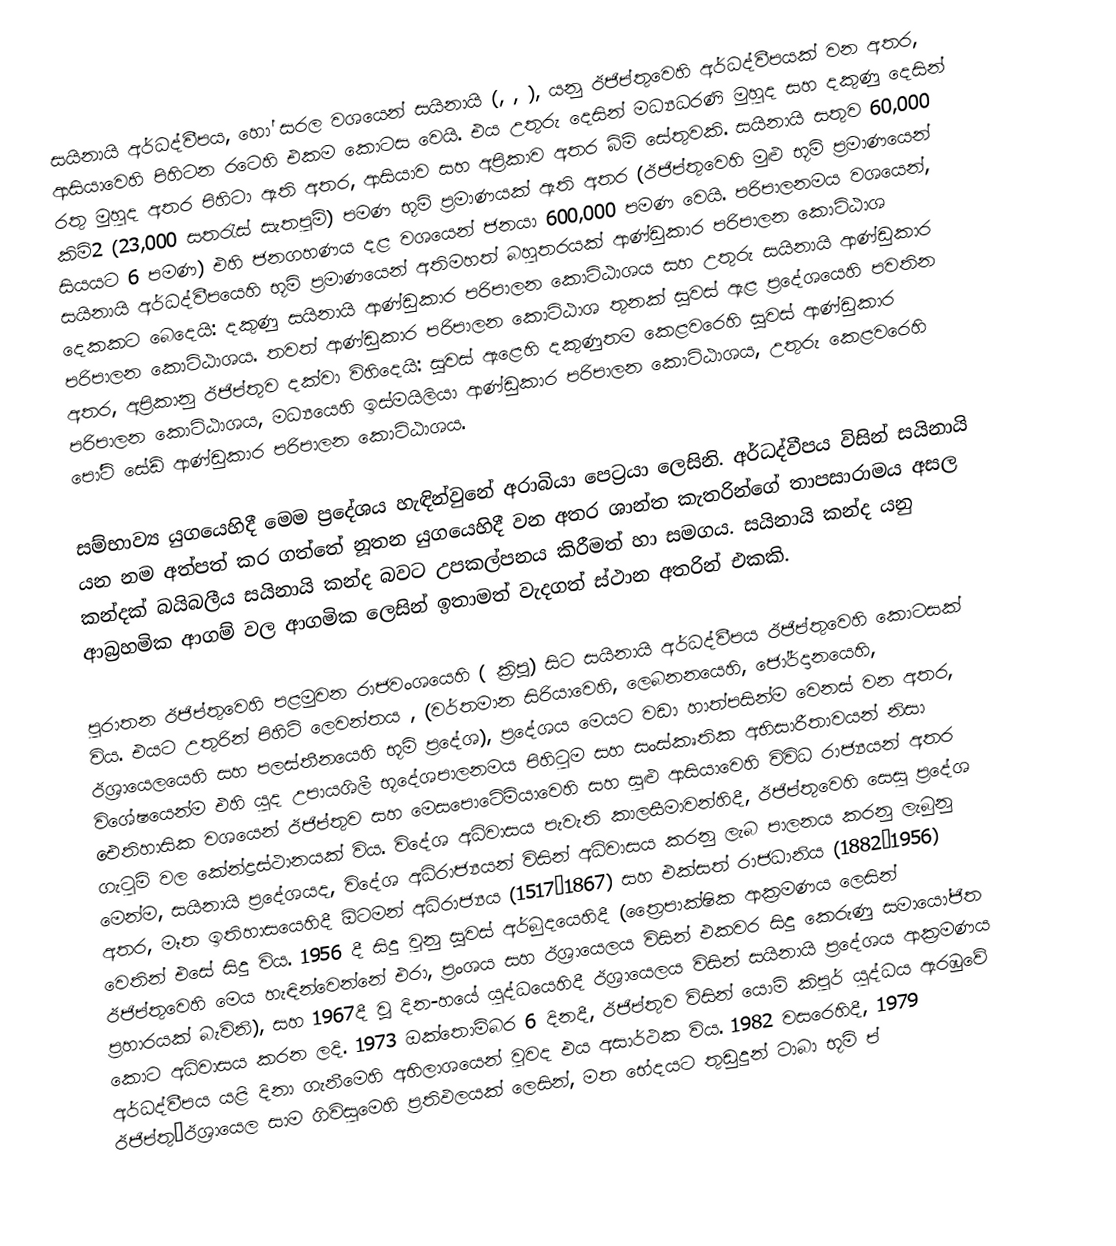
සයිනායි අර්ධද්වීපය, හෝ සරල වශයෙන් සයිනායි  (, , ), යනු ඊජිප්තුවෙහි අර්ධද්වීපයක් වන අතර, ආසියාවෙහි පිහිටන රටෙහි එකම කොටස වෙයි. එය උතුරු දෙසින් මධ්‍යධරණි මුහුද සහ දකුණු දෙසින් රතු මුහුද අතර පිහිටා ඇති අතර, ආසියාව සහ අප්‍රිකාව අතර බිම් සේතුවකි. සයිනායි සතුව 60,000 කිමි2 (23,000 සතරැස් සැතපුම්) පමණ භූමි ප්‍රමාණයක් ඇති අතර (ඊජිප්තුවෙහි මුළු භූමි ප්‍රමාණයෙන් සියයට 6 පමණ) එහි ජනගහණය දළ වශයෙන් ජනයා 600,000 පමණ වෙයි. පරිපාලනමය වශයෙන්, සයිනායි අර්ධද්වීපයෙහි භූමි ප්‍රමාණයෙන් අතිමහත් බහුතරයක්  ආණ්ඩුකාර පරිපාලන කොට්ඨාශ දෙකකට බෙදෙයි: දකුණු සයිනායි ආණ්ඩුකාර පරිපාලන කොට්ඨාශය සහ උතුරු සයිනායි ආණ්ඩුකාර පරිපාලන කොට්ඨාශය. තවත් ආණ්ඩුකාර පරිපාලන කොට්ඨාශ තුනක් සූවස් ඇළ ප්‍රදේශයෙහි පවතින අතර, අප්‍රිකානු ඊජිප්තුව දක්වා විහිදෙයි: සූවස් ඇළෙහි දකුණුතම කෙළවරෙහි සූවස් ආණ්ඩුකාර පරිපාලන කොට්ඨාශය, මධ්‍යයෙහි ඉස්මයිලියා ආණ්ඩුකාර පරිපාලන කොට්ඨාශය, උතුරු කෙළවරෙහි පෝට් සේඩ් ආණ්ඩුකාර පරිපාලන කොට්ඨාශය.

සම්භාව්‍ය යුගයෙහිදී මෙම ප්‍රදේශය හැඳින්වුනේ අරාබියා පෙට්‍රයා ලෙසිනි. අර්ධද්වීපය විසින් සයිනායි යන නම අත්පත් කර ගත්තේ නූතන යුගයෙහිදී වන අතර ශාන්ත කැතරින්ගේ තාපසාරාමය අසල කන්දක් බයිබලීය සයිනායි කන්ද බවට උපකල්පනය කිරීමත් හා සමගය.  සයිනායි කන්ද යනු ආබ්‍රහමික ආගම් වල ආගමික ලෙසින් ඉතාමත් වැදගත් ස්ථාන අතරින් එකකි.

පුරාතන ඊජිප්තුවෙහි  පළමුවන රාජවංශයෙහි ( ක්‍රිපූ) සිට සයිනායි අර්ධද්වීපය ඊජිප්තුවෙහි කොටසක් විය. එයට උතුරින් පිහිටි ලෙවන්තය , (වර්තමාන සිරියාවෙහි, ලෙබනනයෙහි, ජෝර්දානයෙහි, ඊශ්‍රායෙලයෙහි සහ පලස්තීනයෙහි භූමි ප්‍රදේශ), ප්‍රදේශය මෙයට වඩා හාත්පසින්ම වෙනස් වන අතර, විශේෂයෙන්ම එහි  යුද උපායශිලී භූදේශපාලනමය පිහිටුම සහ සංස්කෘතික අභිසාරීතාවයන් නිසා ඓතිහාසික වශයෙන් ඊජිප්තුව සහ මෙසපොටේමියාවෙහි සහ සුළු ආසියාවෙහි විවිධ රාජ්‍යයන් අතර ගැටුම් වල කේන්ද්‍රස්ථානයක් විය. විදේශ අධිවාසය පැවැති කාලසීමාවන්හිදී, ඊජිප්තුවෙහි සෙසු ප්‍රදේශ මෙන්ම, සයිනායි ප්‍රදේශයද, විදේශ අධිරාජ්‍යයන් විසින් අධිවාසය කරනු ලැබ පාලනය කරනු ලැබුනු අතර, මෑත ඉතිහාසයෙහිදී ඕටමන් අධිරාජ්‍යය (1517–1867) සහ එක්සත් රාජධානිය (1882–1956) වෙතින් එසේ සිදු විය. 1956 දී සිදු වුනු සූවස් අර්බුදයෙහිදී (ත්‍රෛපාක්ෂික ආක‍්‍රමණය ලෙසින් ඊජිප්තුවෙහි මෙය හැඳින්වෙන්නේ එරා, ප්‍රංශය සහ ඊශ්‍රායෙලය විසින් එකවර සිදු කෙරුණු සමායෝජිත ප්‍රහාරයක් බැවිනි), සහ 1967දී වූ දින-හයේ යුද්ධයෙහිදී ඊශ්‍රායෙලය විසින් සයිනායි ප්‍රදේශය ආක්‍රමණය කොට අධිවාසය කරන ලදි. 1973 ඔක්තොම්බර 6 දිනදී, ඊජිප්තුව විසින්  යොම් කිපුර් යුද්ධය ඇරඹුවේ අර්ධද්වීපය යළි දිනා ගැනීමෙහි අභිලාශයෙන් වුවද එය අසාර්ථක විය. 1982 වසරෙහිදී, 1979   ඊජිප්තු–ඊශ්‍රායෙල සාම ගිවිසුමෙහි ප්‍රතිඵලයක් ලෙසින්, මත භේදයට තුඩුදුන් ටාබා භූමි ප්‍